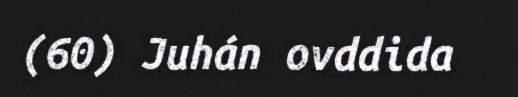
(60) Juhán ovddida